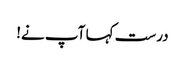
درست کہا آپ نے!